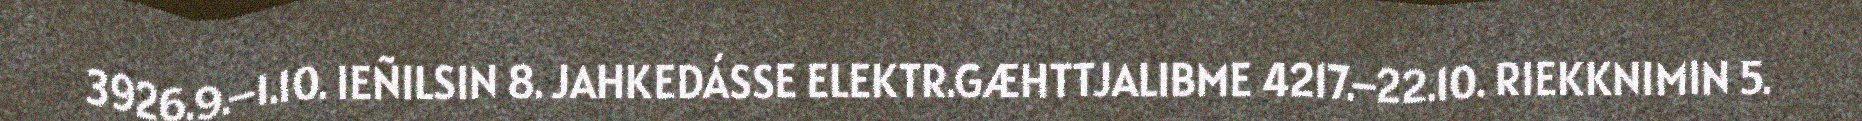
3926.9.–1.10. IEÑILSIN 8. JAHKEDÁSSE ELEKTR.GÆHTTJALIBME 4217.–22.10. RIEKKNIMIN 5.